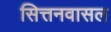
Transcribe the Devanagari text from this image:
सित्तनवासल